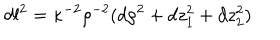
d l ^ { 2 } = \kappa ^ { - 2 } \rho ^ { - 2 } ( d \rho ^ { 2 } + d z _ { 1 } ^ { 2 } + d z _ { 2 } ^ { 2 } ) ~ ~ ~